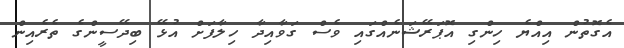
އެގޮތުން އިއްޔެ ހިންގި އޮޕަރޭޝަނެއްގައި ވެސް ގަވާއިދާ ހިލާފަށް އުޅޭ ބިދޭސީންގެ ތެރެއިން